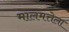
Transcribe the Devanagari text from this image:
मालमत्तेला